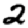
Digit: 2